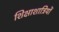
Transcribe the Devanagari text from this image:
शिक्षाशात्रियों